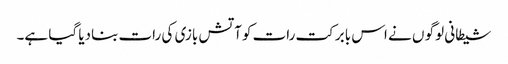
شیطانی لوگو ں نے اس بابرکت رات کوآتش بازی کی رات بنادیا گیا ہے۔